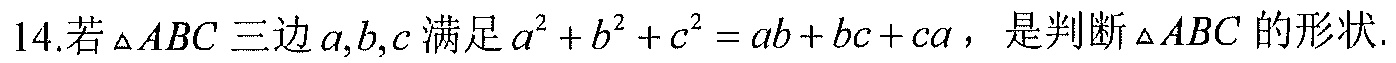
14.若$\triangle ABC$三边$a,b,c$满足$a^{2}+b^{2}+c^{2}=ab + bc + ca$，是判断$\triangle ABC$的形状.